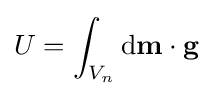
U=\int _{V_{n}}\mathrm {d} \mathbf {m} \cdot \mathbf {g} \,\!